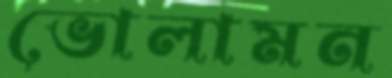
ভোলামন